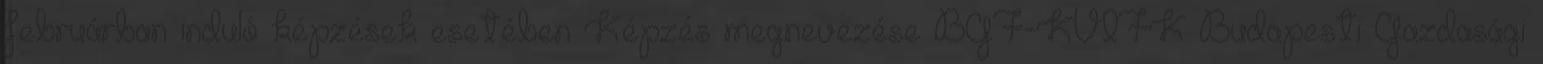
februárban induló képzések esetében Képzés megnevezése BGF-KVIFK Budapesti Gazdasági